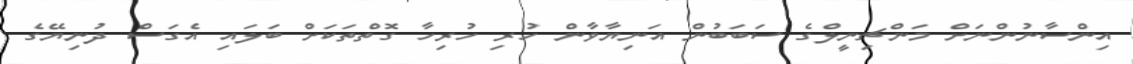
އިންސާނުންނަށް މަންޗިނީލްގެ ސަބަބުން އަނިޔާވާން ހުރި ހުރިހާ ގޮތްތަކަށް ބަލައި އެގަސް ދުނިޔޭގެ